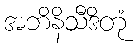
အဘိနိသီဒိတုံ